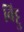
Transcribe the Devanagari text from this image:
बिट्टु